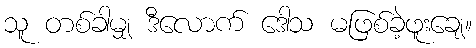
သူ တစ်ခါမျှ ဒီလောက် ဒေါသ မဖြစ်ခဲ့ဖူးချေ။